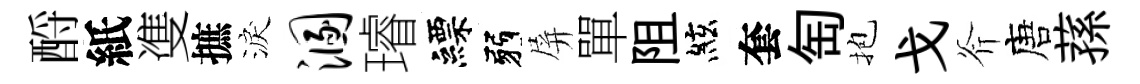
酹紙㕠摭淚溷璿縹弱屏單阻絃套匋抱戈斧唐蓀